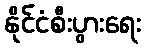
နိုင်ငံစီးပွားရေး